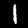
Label: 1